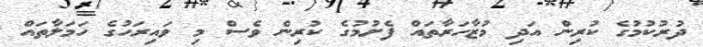
ދުރުކުމުގެ ކުރިން އަދި މުޒާހަރާތައް ފެށުމުގެ ކުރިން ވެސް މި ވައިރަހުގެ ހަމަލާތައް